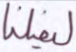
ليضلنا